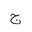
Letter: _gim